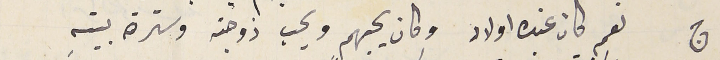
ج نعم كان عنده اولاد وكان يحبهم ويحب زوجته وسترة بيتهِ